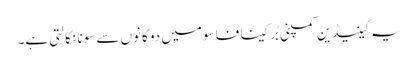
یہ کینیڈین کمپنی بُرکینا فاسو میں دو کانوں سے سونا نکالتی ہے۔